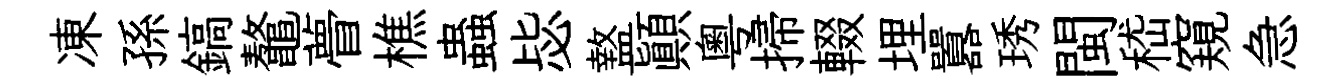
凍孫鎬鼇瞢樵蟲毖盩顚粵掃輟埋囂琇閩嵇窺急